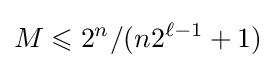
M\leqslant 2^{n}/(n2^{\ell -1}+1)